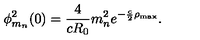
\phi _ { m _ { n } } ^ { 2 } ( 0 ) = \frac { 4 } { c R _ { 0 } } m _ { n } ^ { 2 } e ^ { - \frac { c } { 2 } \rho _ { \mathrm { m a x } } } .